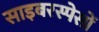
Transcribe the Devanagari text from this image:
साइबरस्पेसों